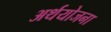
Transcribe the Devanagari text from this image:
अर्थयोजना